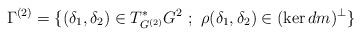
LaTeX: \begin{align*} \Gamma^{(2)} = \{ (\delta_1,\delta_2)\in T_{G^{(2)}}^*G^{2}\ ;\ \rho(\delta_1,\delta_2)\in (\ker dm)^\perp \}\end{align*}